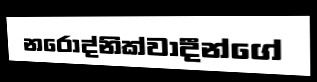
නරෝද්නික්වාදීන්ගේ